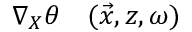
\begin{array} { r l } { \nabla _ { X } \theta } & { { } ( \vec { x } , z , \omega ) } \end{array}